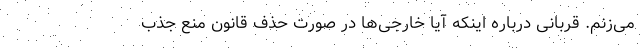
می‌زنم. قربانی درباره اینکه آیا خارجی‌ها در صورت حذف قانون منع جذب